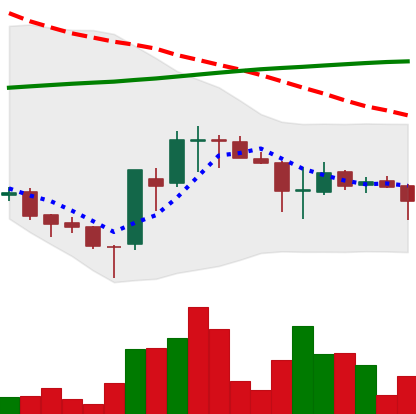
Ticker: EOS-USD
Chart end date: 2018-04-01
Forward return: 3.985%
Label: up_3_5